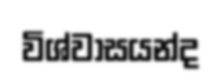
විශ්වාසයන්ද